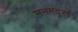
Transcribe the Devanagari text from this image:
मनमदुरई